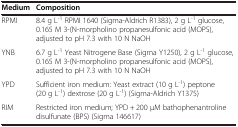
<table><thead><tr><td><b>Medium</b></td><td><b>Composition</b></td></tr></thead><tbody><tr><td>RPMI</td><td>8.4 g L<sup>-1</sup> RPMI 1640 (Sigma-Aldrich R1383), 2 g L<sup>-1</sup> glucose, 0.165 M 3-(N-morpholino propanesulfonic acid (MOPS), adjusted to pH 7.3 with 10 N NaOH</td></tr><tr><td>YNB</td><td>6.7 g L<sup>-1</sup> Yeast Nitrogene Base (Sigma Y1250), 2 g L<sup>-1</sup> glucose, 0.165 M 3-(N-morpholino propanesulfonic acid (MOPS), adjusted to pH 7.3 with 10 N NaOH</td></tr><tr><td>YPD</td><td>Sufficient iron medium: Yeast extract (10 g L<sup>-1</sup>) peptone (20 g L<sup>-1</sup>) dextrose (20 g L<sup>-1</sup>) (Sigma-Aldrich Y1375)</td></tr><tr><td>RIM</td><td>Restricted iron medium; YPD + 200 μM bathophenantroline disulfunate (BPS) (Sigma 146617)</td></tr></tbody></table>